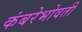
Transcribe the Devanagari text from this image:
कंबरेभोवती